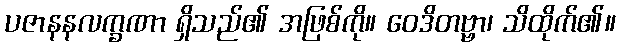
ပဇာနနလက္ခဏာ ရှိသည်၏ အဖြစ်ကို။ ဝေဒိတဗ္ဗာ၊ သိထိုက်၏။